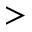
>